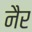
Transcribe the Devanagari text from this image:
नैर